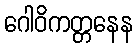
ဂေါဝိကတ္တနေန